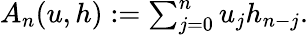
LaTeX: \begin{array}{r}{A_{n}(u,h):=\sum_{j=0}^{n}u_{j}h_{n-j}.}\end{array}